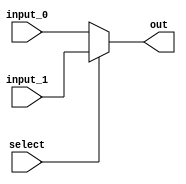
`timescale 1ns / 1ps

module MUX(
    input [31:0] input_0, input_1,
    input select,
    output reg [31:0] out
);
    
always @ (input_0, input_1, select)
begin
    if (select)
        out = input_1;
    else
        out = input_0;
end
endmodule